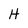
Character: H